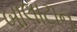
બાલાટાન